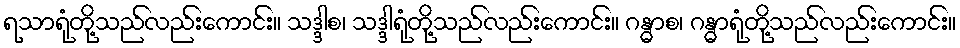
ရသာရုံတို့သည်လည်းကောင်း။ သဒ္ဒါစ၊ သဒ္ဒါရုံတို့သည်လည်းကောင်း။ ဂန္ဓာစ၊ ဂန္ဓာရုံတို့သည်လည်းကောင်း။